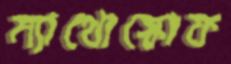
ম্যাথোস্কোফ